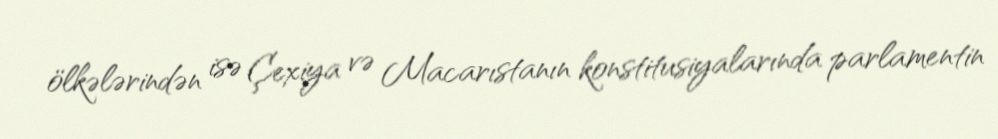
ölkələrindən isə Çexiya və Macarıstanın konstitusiyalarında parlamentin